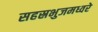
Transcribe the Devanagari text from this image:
सहस्रभुजमध्वरे